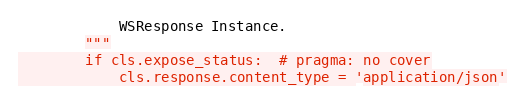
Language: Python
            WSResponse Instance.
        """
        if cls.expose_status:  # pragma: no cover
            cls.response.content_type = 'application/json'